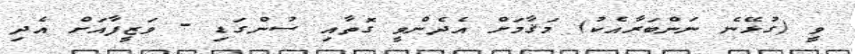
ވީ (ގުޅޭނެ ނަންބަރާއެކު) މަޤާމަށް އެދެންވީ ގޮތާއި ސުންގަޑި - ވަޒީފާއަށް އެދި